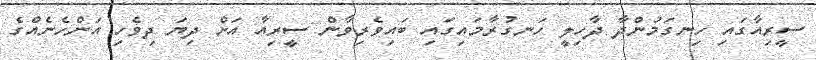
ސީރިއާގައި ހިނގަމުންދާ ދާހިލީ ހަނގުރާމައިގައި ބައިވެރިވާން ސީރިއާ އަށް ދިޔަ ދިވެހި އަންހެނެއްގެ